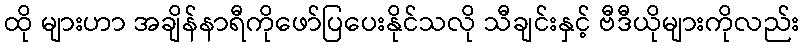
ထို များဟာ အချိန်နာရီကိုဖော်ပြပေးနိုင်သလို သီချင်းနှင့် ဗီဒီယိုများကိုလည်း